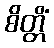
စိတ္တိံ